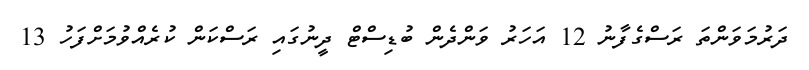
ދަރުމަވަންތަ ރަސްގެފާނު 12 އަހަރު ވަންދެން ބުޑިސްޓް ދީނުގައި ރަސްކަން ކުރެއްވުމަށްފަހު 13